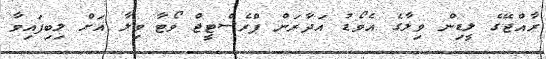
ރާއްޖޭގެ ލީޑިން ވިލާގެ އެވޯޑު އަދާރަން ޕްރެސްޓީޖް ވޯޓާ ވިލާ އަށް ލިބިފައިވާ